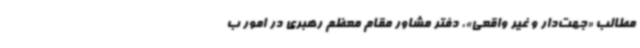
مطالب «جهت‌دار و غیر واقعی»، دفتر مشاور مقام معظم رهبری در امور ب